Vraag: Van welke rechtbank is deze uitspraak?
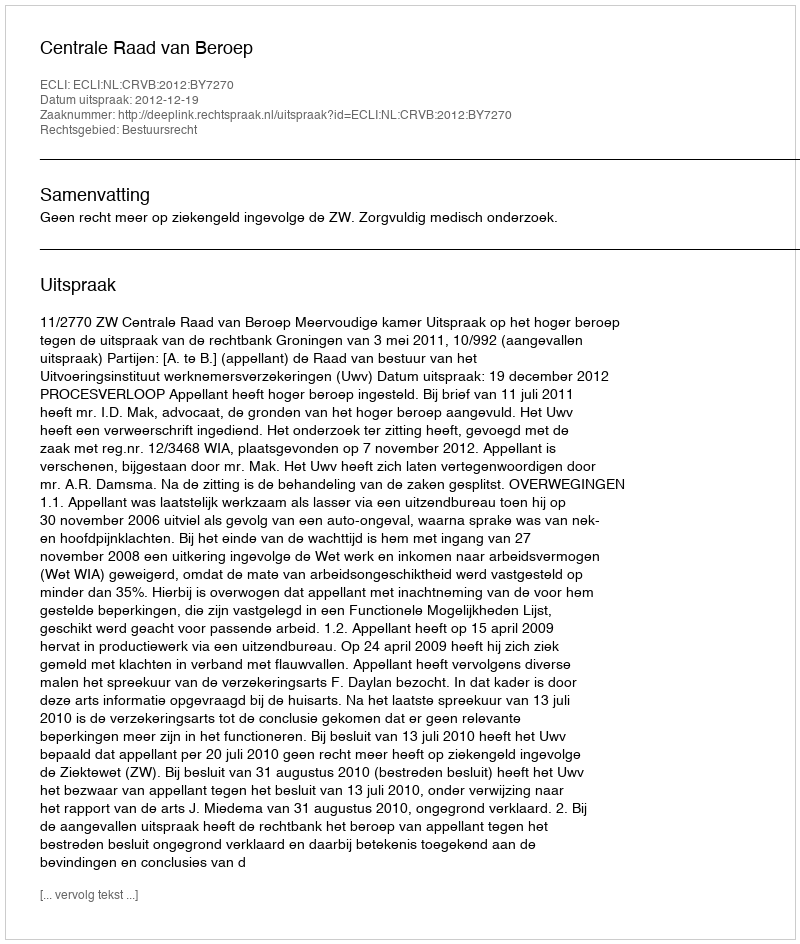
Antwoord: Centrale Raad van Beroep